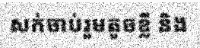
សក់ចាប់រួមតូចខ្លី និង